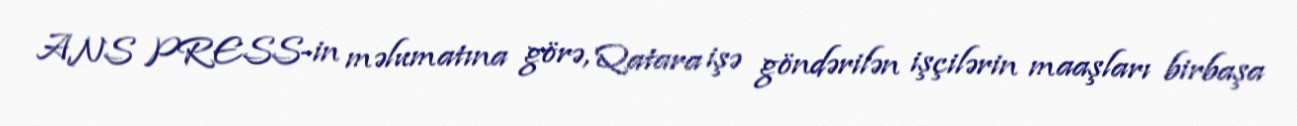
ANS PRESS-in məlumatına görə, Qatara işə göndərilən işçilərin maaşları birbaşa